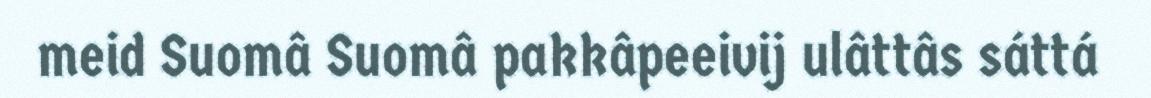
meid Suomâ Suomâ pakkâpeeivij ulâttâs sáttá